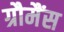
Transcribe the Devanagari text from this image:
ग्रौमैंस